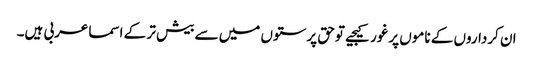
ان کرداروں کے ناموں پرغورکیجیے توحق پرستوں میں سے بیش تر کے اسماعربی ہیں۔